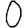
Digit: 0